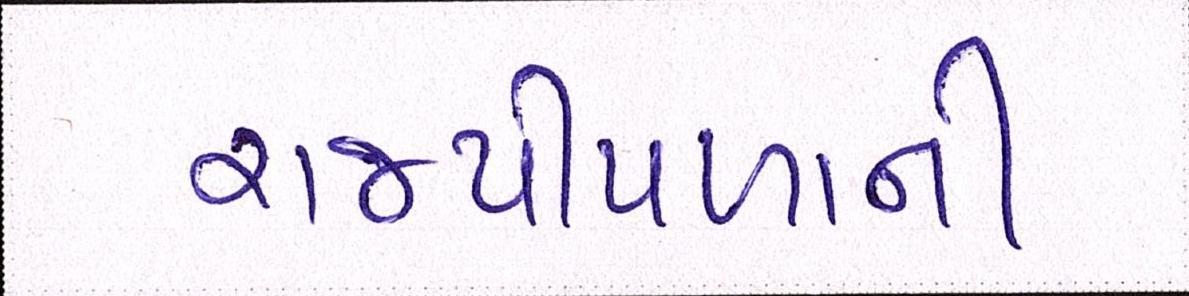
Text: રાજપીપળાની